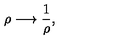
\rho \longrightarrow \frac { 1 } { \rho } ,